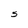
Character: 5